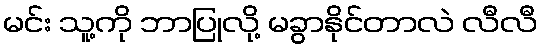
မင်း သူ့ကို ဘာပြုလို့ မခွာနိုင်တာလဲ လီလီ